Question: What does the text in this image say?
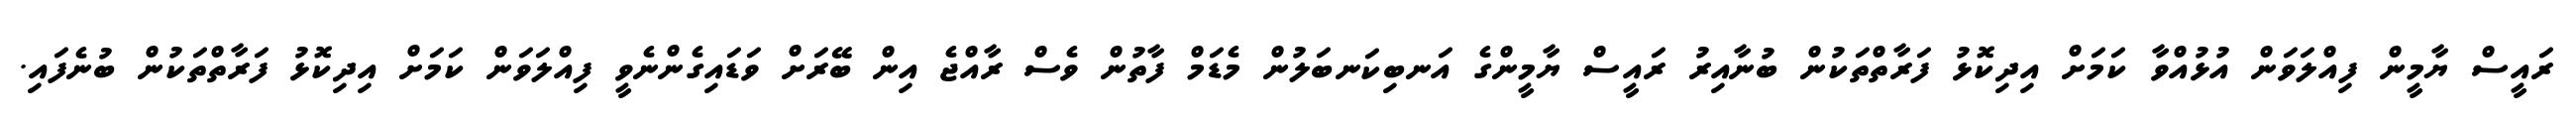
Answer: ރައީސް ޔާމީން ފިއްލަވަން އުޅުއްވާ ކަމަށް އިދިކޮޅު ފަރާތްތަކުން ބުނާއިރު ރައީސް ޔާމީންގެ އަނބިކަނބަލުން މެޑަމް ފާތުން ވެސް ރާއްޖެ އިން ބޭރަށް ވަޑައިގެންނެވީ ފިއްލަވަން ކަމަށް އިދިކޮޅު ފަރާތްތަކުން ބުނެފައި.